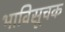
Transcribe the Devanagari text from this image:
भाविसूचक